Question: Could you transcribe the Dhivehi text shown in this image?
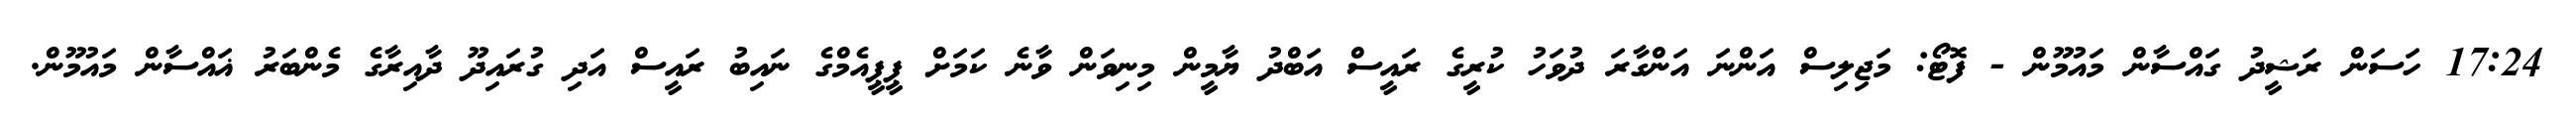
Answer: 17:24 ހަސަން ރަޝީދު ގައްސާން މައުމޫން - ފޮޓޯ: މަޖިލިސް އަންނަ އަންގާރަ ދުވަހު ކުރީގެ ރައީސް އަބްދު ޔާމީން މިނިވަން ވާނެ ކަމަށް ޕީޕީއެމްގެ ނައިބު ރައީސް އަދި ގުރައިދޫ ދާއިރާގެ މެންބަރު ޣައްސާން މައުމޫން.